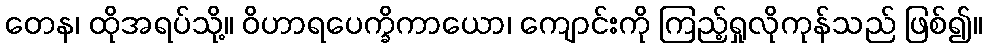
တေန၊ ထိုအရပ်သို့။ ဝိဟာရပေက္ခိကာယော၊ ကျောင်းကို ကြည့်ရှုလိုကုန်သည် ဖြစ်၍။